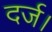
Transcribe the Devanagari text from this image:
दर्ज।